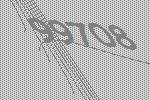
99708